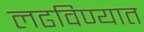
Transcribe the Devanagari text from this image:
लढविण्यात